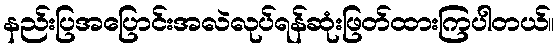
နည်းပြအပြောင်းအလဲလုပ်ရန်ဆုံးဖြတ်ထားကြပါတယ်။